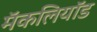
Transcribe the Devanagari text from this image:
मॅकलियॉड